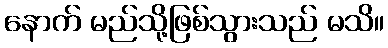
နောက် မည်သို့ဖြစ်သွားသည် မသိ။